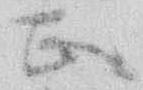
正